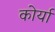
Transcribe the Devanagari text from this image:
कोर्या